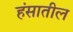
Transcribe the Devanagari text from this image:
हंसातील